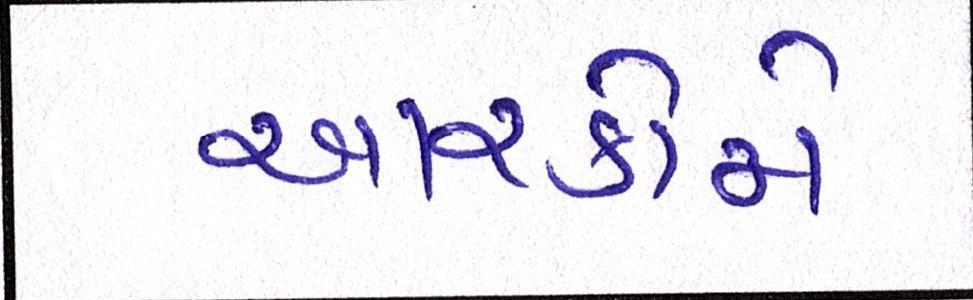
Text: આરકોમે